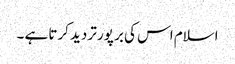
اسلام اس کی بر پور تردید کرتا ہے ۔